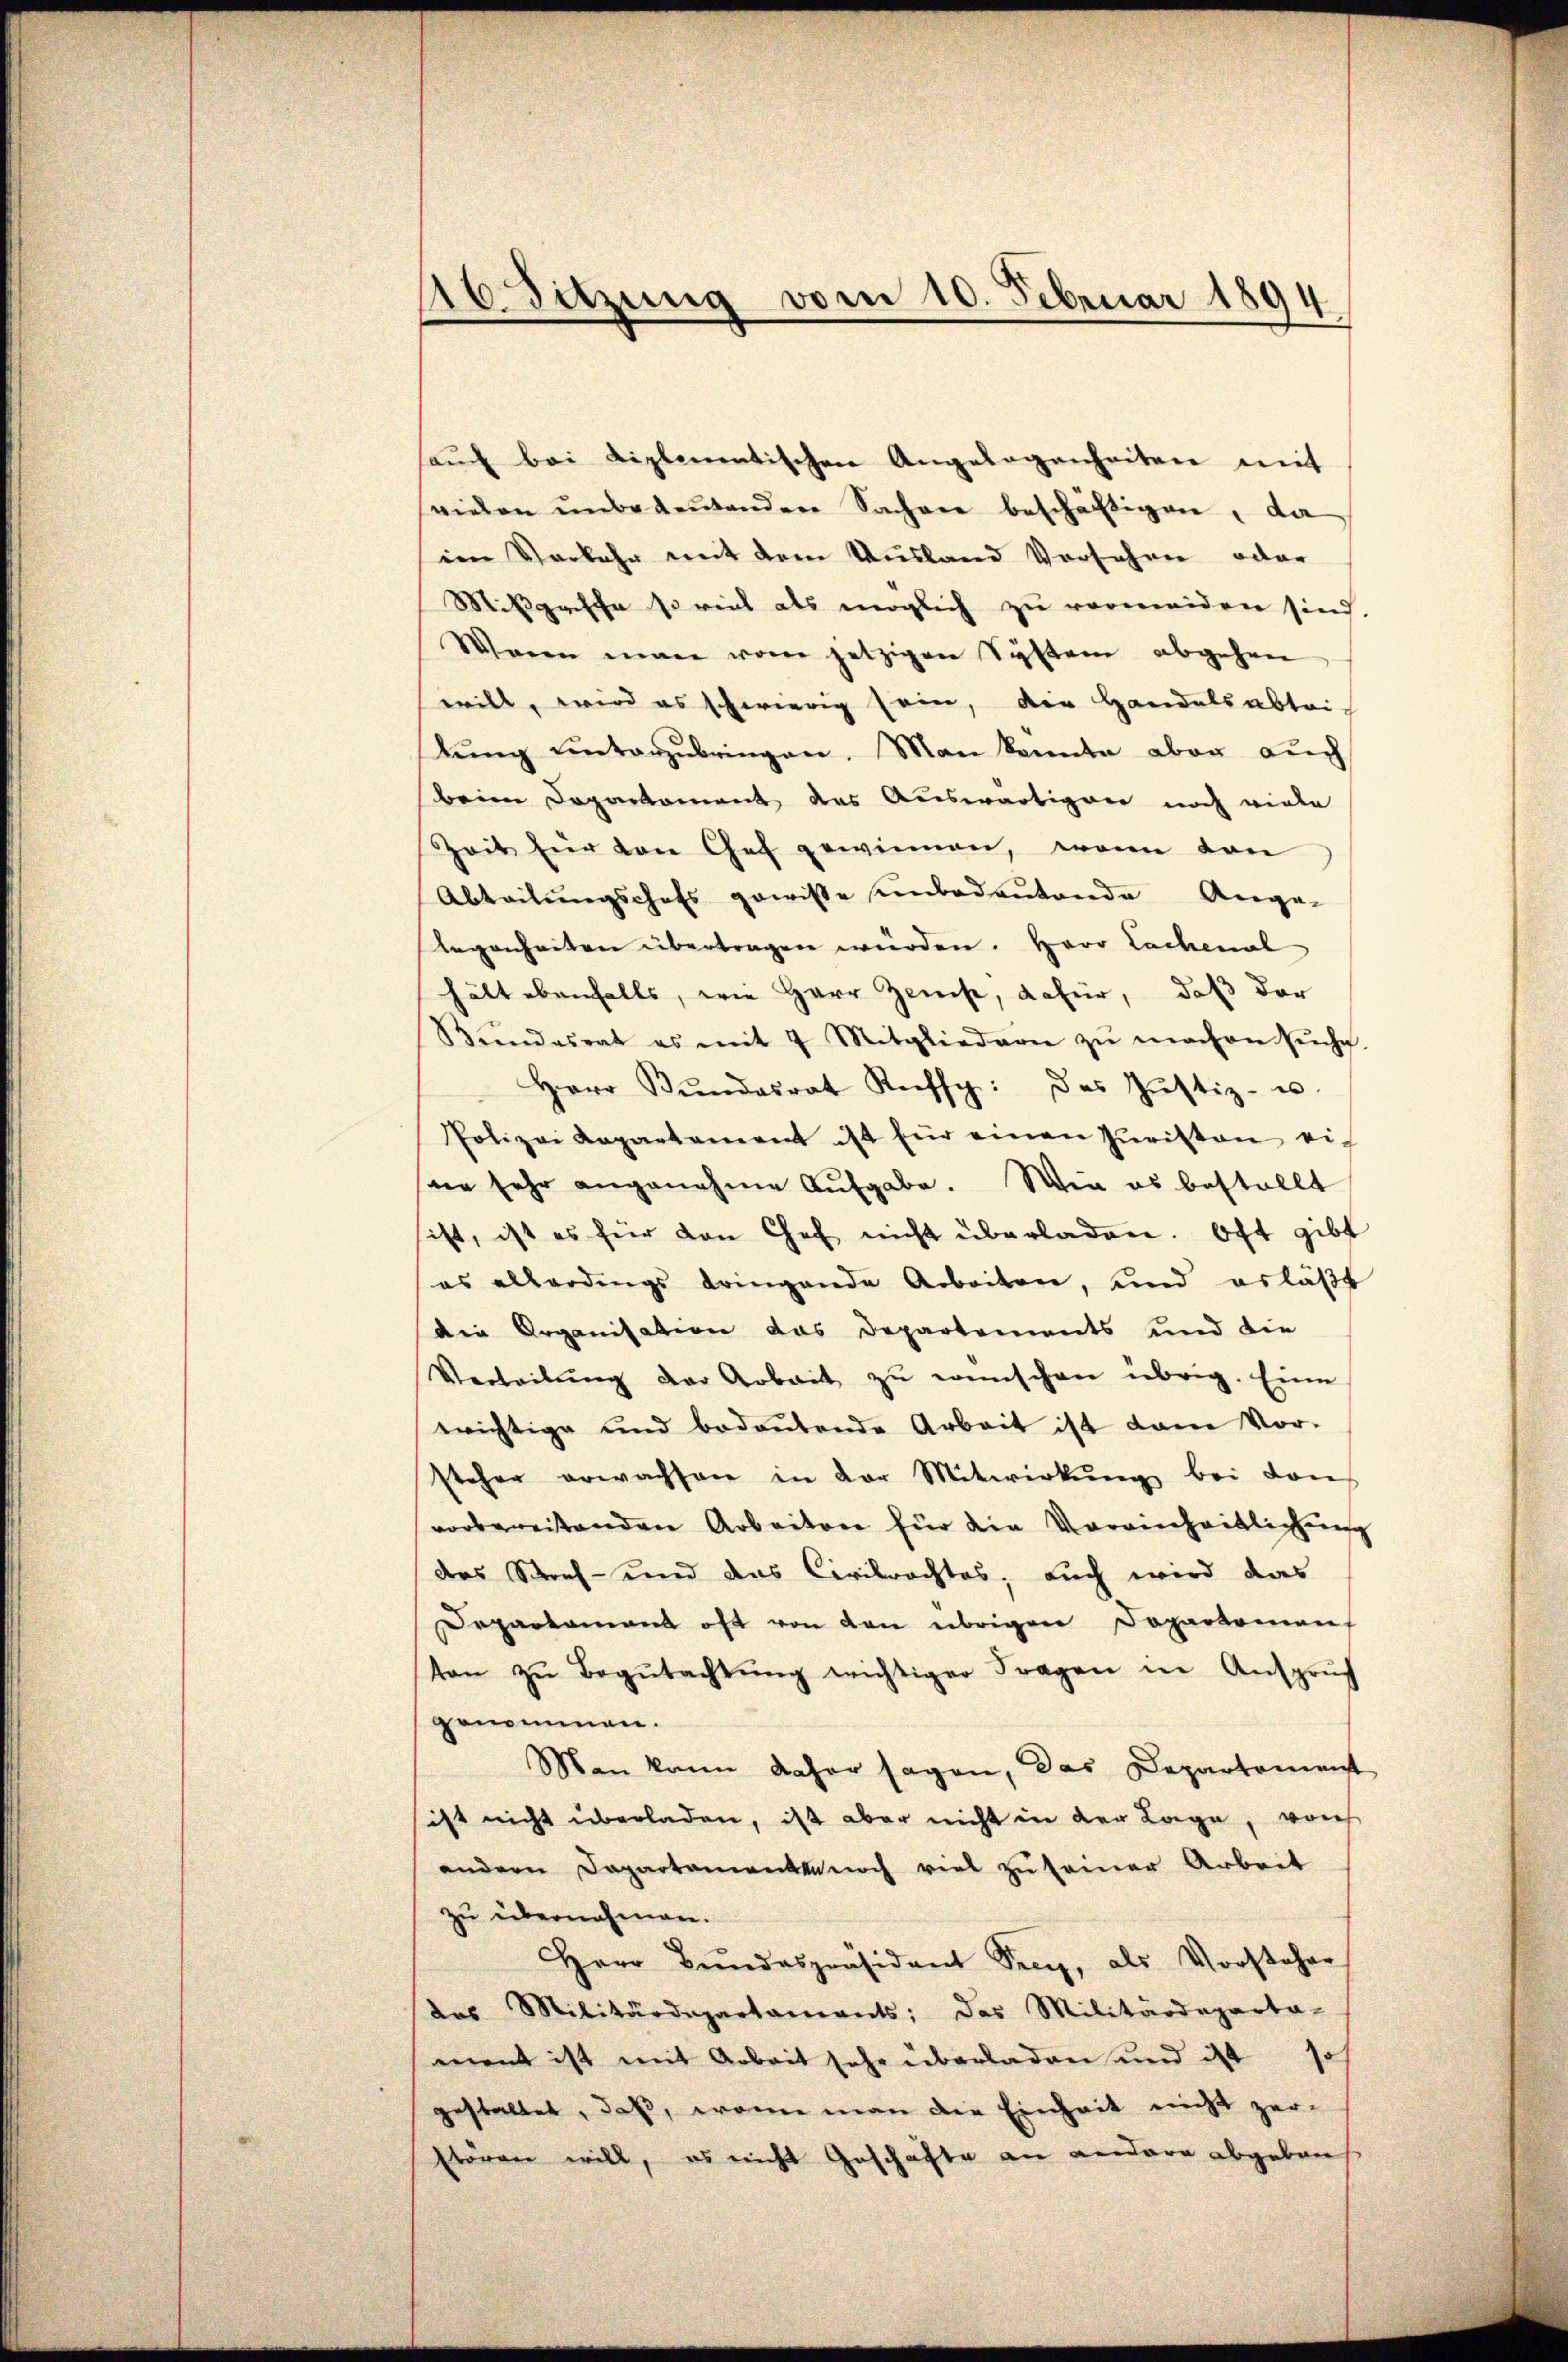
116. Sitzung vom 10. Februar 1894

aŭch bei Liplementischen Angelegenheiten mit
vielen ŭnbedeŭtender Sachere beschäftigen, da
im Vorkehr mit dem Ausland Vorsehen, oder
Mißgesche so viel als möglich zu vermeiden sind.
Wann man vom jetzigen System abgehen
will, wird es schwierig sein, die Handelsabtri
bŭng unterzŭbringen. Man kannte aber aŭch
beim Departement des Auswärtiger noch viele
Zeit für von Gef gewinnen, wenn den
Abteilungschafs gewisse unbedeutende Ange-
legenheiten übertragen würden. Herr Lachenal
hält ebenfalls, wie Herr Zens, dafür, daß der
Bŭndesrat es mit 7 Mitgliedern zŭ machen sŭche
Herr Bŭndesrat Kuffy: das Justiz- u.
Polizei Repartement ist für einen Juriston eieer sehr angenehme Aufgabe. Wie es bestellt
ist, ist es für den Chef nicht überladen. Oft gibt
es allerdings bringende Arbeiten, und erläβt
die Organisation das Departements und die
Verteilŭng der Arbeit zŭ wünschen übrig. Eine
wichtige und bedeŭtende Arbeit ist dam Vor-
steher erwachsen in der Mitwirkŭng bei den
vorbereitenden Arbeiten für die Vereinheitlichung
das Straf- und das Civilrechtes, auch wird das
Departament oft von den übrigen Departemen
ton zŭ Begŭtachtŭng wichtiger Fragen in Anspruch
genommen.
Man kann daher sagen, das Departement
sist nicht überladen, ist aber nicht in der Lage, von
andern Departemente noch viel zu seiner Arbeit
zu übernahmen.
Herr Bŭndespräsident See, als Vorsteher
das Militärdepartaments; das Militärdeparta-
ment ist mit Arbeit sehr überladen und ist so
gestaltet, daß, wenn man die Einheit nicht zer-
Etörgen will, es nicht Geschäfte an andere abgebens